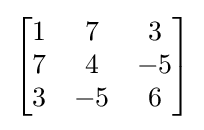
{\begin{bmatrix}1&7&3\\7&4&-5\\3&-5&6\end{bmatrix}}